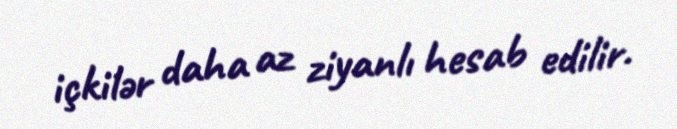
içkilər daha az ziyanlı hesab edilir.